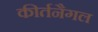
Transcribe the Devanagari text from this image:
कीर्तनैगल